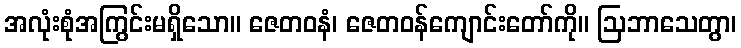
အလုံးစုံအကြွင်းမရှိသော။ ဇေတဝနံ၊ ဇေတဝန်ကျောင်းတော်ကို။ ဩဘာသေတွာ၊